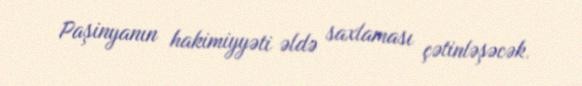
Paşinyanın hakimiyyəti əldə saxlaması çətinləşəcək.